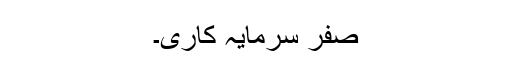
صفر سرمایہ کاری۔